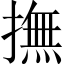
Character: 撫